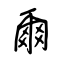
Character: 爾